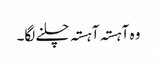
وہ آہستہ آہستہ چلنے لگا۔